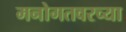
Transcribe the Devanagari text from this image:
मनोगतवरच्या